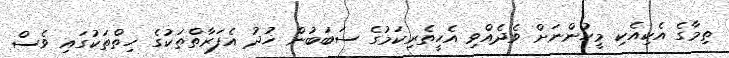
ތިމާގެ އެކިއެކި މީހުންނަށް ވެދެއްވި އެހީތެރިކަމުގެ ސަބަބުން ޚުދު އެފަރާތްތަކުގެ ހިތްތަކުގައި ވެސް